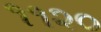
૧૧૨૦